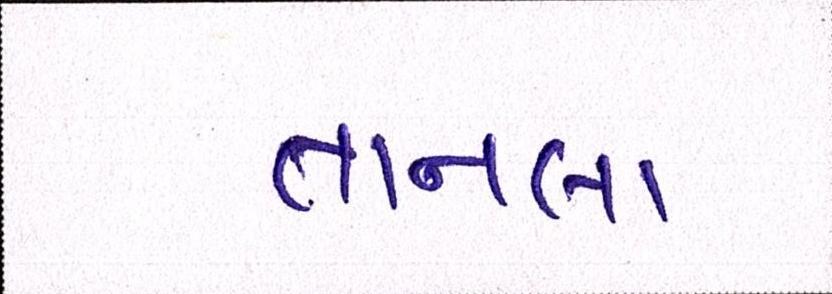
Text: તાનલા